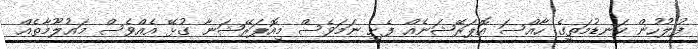
ފުލުހުން ކަނޑުމަތީގެ ހާއްސަ އޮޕަރޭޝަނެއް ފެށި ނަމަވެސް މިއޮޕަރޭޝަނާ ގުޅޭ އެއްވެސް މައުލޫމާތެއް